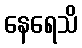
နေရေသိ